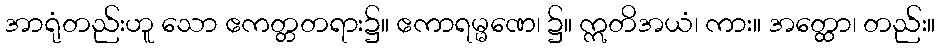
အာရုံတည်းဟူ သော ဧကတ္တတရား၌။ ဧကာရမ္မဏေ၊ ၌။ ဣတိအယံ၊ ကား။ အတ္ထော၊ တည်း။